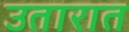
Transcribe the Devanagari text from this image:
उतारात